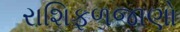
રાશિફળજાણો